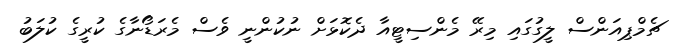
ޗެމްޕިއަންސް ލީގުގައި މިރޭ މެންސިޓީއާ ދެކޮޅަށް ނުކުންނީ ވެސް މެރަޑޯނާގެ ކުރީގެ ކުލަބު